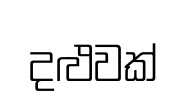
දළුවක්